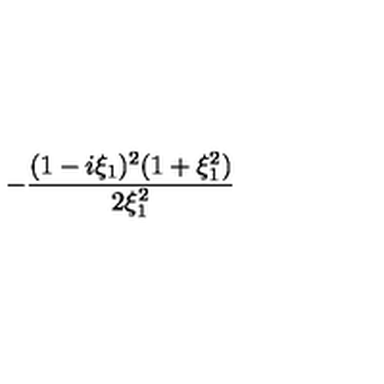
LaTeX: - { \frac { ( 1 - i \xi _ { 1 } ) ^ { 2 } ( 1 + \xi _ { 1 } ^ { 2 } ) } { 2 \xi _ { 1 } ^ { 2 } } }